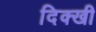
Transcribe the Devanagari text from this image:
दिक्खी